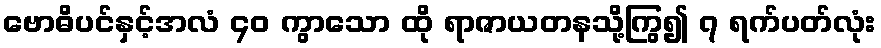
ဗောဓိပင်နှင့်အလံ ၄၀ ကွာသော ထို ရာဇာယတနသို့ကြွ၍ ၇ ရက်ပတ်လုံး